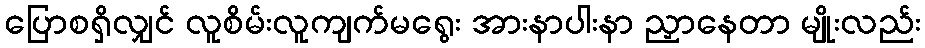
ပြောစရှိလျှင် လူစိမ်းလူကျက်မရွေး အားနာပါးနာ ညှာနေတာ မျိုးလည်း